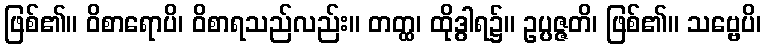
ဖြစ်၏။ ဝိစာရောပိ၊ ဝိစာရသည်လည်း။ တတ္ထ၊ ထိုဒွါရ၌။ ဥပ္ပဇ္ဇတိ၊ ဖြစ်၏။ သဗ္ဗေပိ၊